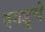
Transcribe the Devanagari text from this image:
दगडूचे